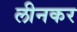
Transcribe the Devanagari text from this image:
लीनकर